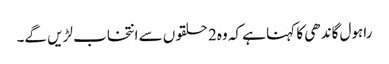
راہول گاندھی کا کہنا ہے کہ وہ2 حلقوں سے انتخاب لڑیں گے۔